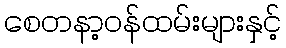
စေတနာ့ဝန်ထမ်းများနှင့်